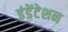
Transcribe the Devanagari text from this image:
इंडेंटेशन